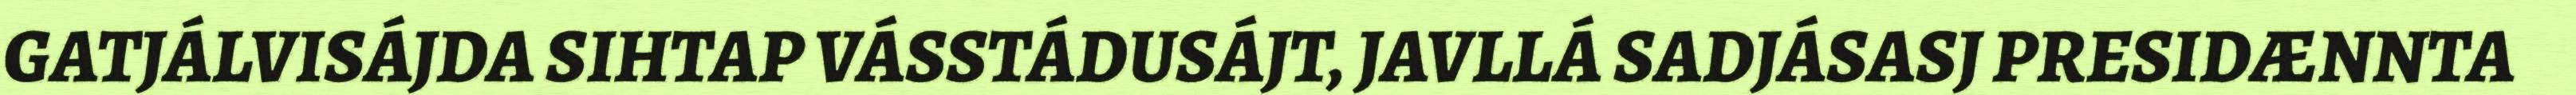
GATJÁLVISÁJDA SIHTAP VÁSSTÁDUSÁJT, JAVLLÁ SADJÁSASJ PRESIDÆNNTA